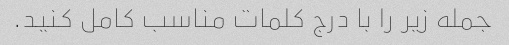
جمله زیر را با درج کلمات مناسب کامل کنید.